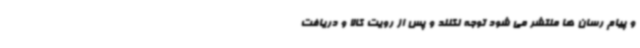
و پیام رسان ها منتشر می شود توجه نکنند و پس از رویت کالا و دریافت